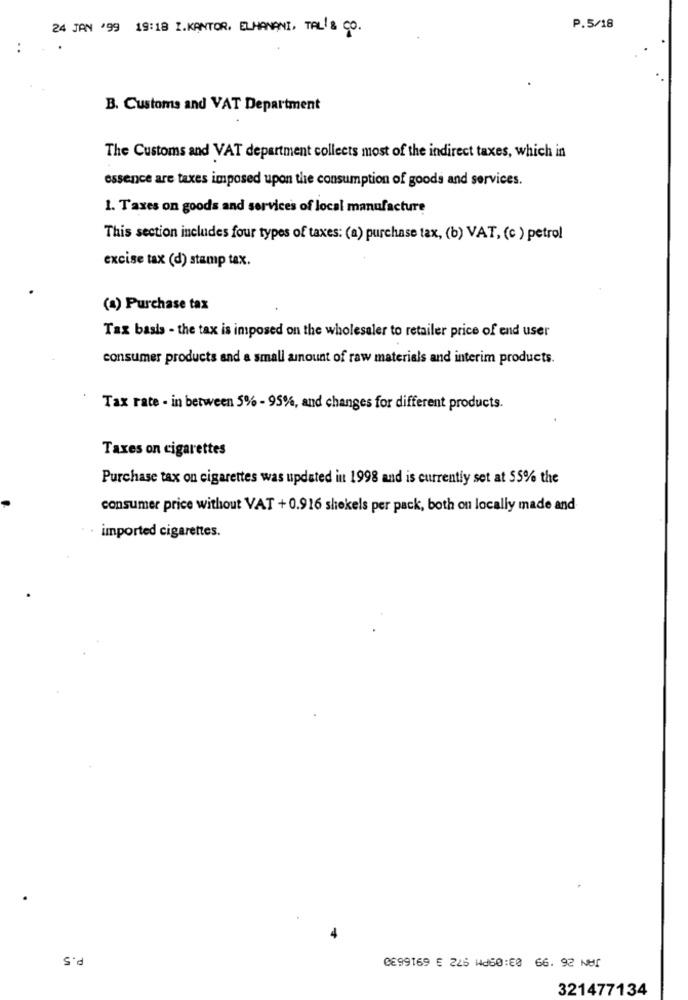
24 JAN '99 19:18 I.KANTOR, ELHANANI, TAL & CO.
P.5/18
..
B. Customs and VAT Department
The Customs and VAT department collects most of the indirect taxes, which in
essence are taxes imposed upon the consumption of goods and services.
1. Taxes on goods and services of local manufacture
This section includes four types of taxes: (a) purchase tax, (b) VAT, (c ) petrol
excise tax (d) stamp tax.
(a) Purchase tax
Tax basis - the tax is imposed on the wholesaler to retailer price of end user
consumer products and a small amount of raw materials and interim products.
Tax rate - in between 5% - 95%, and changes for different products.
Taxes on cigarettes
Purchase tax on cigarettes was updated in 1998 and is currently set at 55% the
consumer price without VAT + 0.916 shekels per pack, both on locally made and
imported cigarettes.
P.5
0899169 € 225 Wd60:0 66. 92 NET
321477134